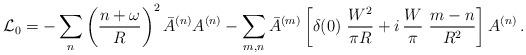
LaTeX: \begin{align*}\mathcal{L}_0=-\sum_n \left(\frac{n+\omega}{R}\right)^2 \bar A^{(n)}A^{(n)}-\sum_{m,n}\bar A^{(m)}\left[\delta(0)\ \frac{W^2}{\pi R}+i\,\frac{W}{\pi}\ \frac{m-n}{R^2}\right] A^{(n)}\, .\end{align*}